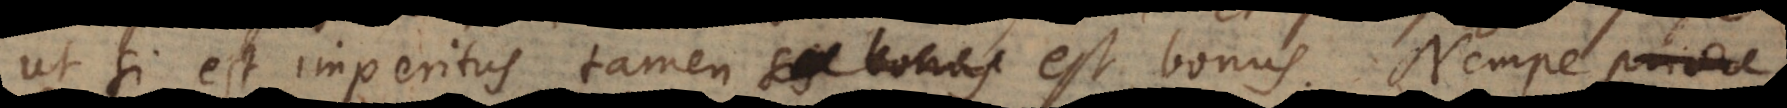
ut si est imperitus, tamen est bonus. Nempe priore